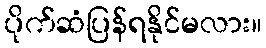
ပိုက်ဆံပြန်ရနိုင်မလား။